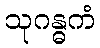
သုဂန္ဓကံ